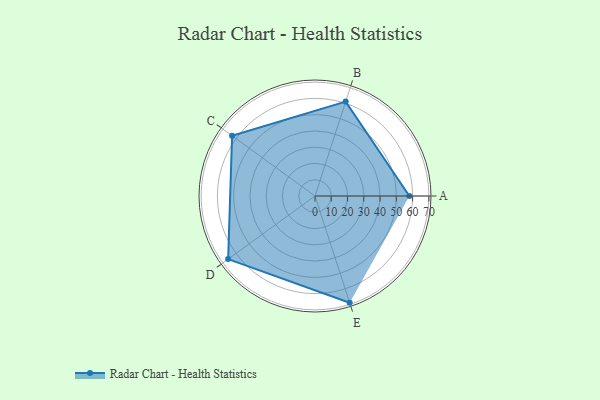
{"axis": {"x": "Skill", "y": "Score"}, "legend": ["Profile"], "data": [{"x": "A", "y": 58.0, "type": "Profile"}, {"x": "B", "y": 61.0, "type": "Profile"}, {"x": "C", "y": 63.0, "type": "Profile"}, {"x": "D", "y": 66.0, "type": "Profile"}, {"x": "E", "y": 69.0, "type": "Profile"}]}